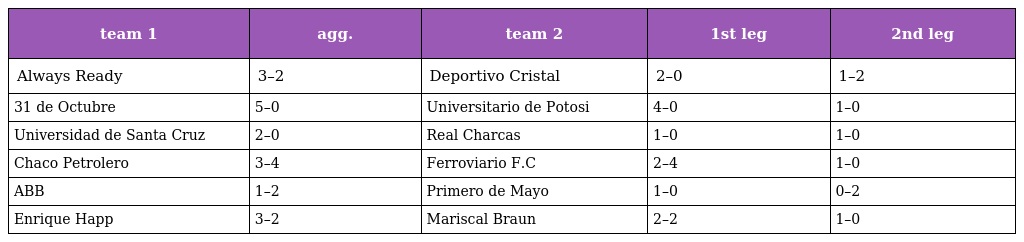
| team 1 | agg. | team 2 | 1st leg | 2nd leg |
 | --- | --- | --- | --- | --- |
 | Always Ready | 3–2 | Deportivo Cristal | 2–0 | 1–2 |
 | 31 de Octubre | 5–0 | Universitario de Potosi | 4–0 | 1–0 |
 | Universidad de Santa Cruz | 2–0 | Real Charcas | 1–0 | 1–0 |
 | Chaco Petrolero | 3–4 | Ferroviario F.C | 2–4 | 1–0 |
 | ABB | 1–2 | Primero de Mayo | 1–0 | 0–2 |
 | Enrique Happ | 3–2 | Mariscal Braun | 2–2 | 1–0 |